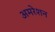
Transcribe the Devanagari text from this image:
अमरेशन